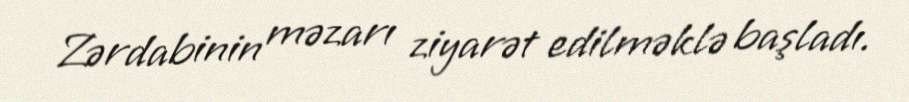
Zərdabinin məzarı ziyarət edilməklə başladı.